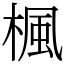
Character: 楓